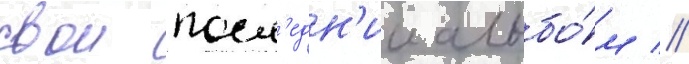
свои посл'едн'ии альбо́м //